Leaving Certificate Examination (including Day School Certificate (Higher) General paper), 1939
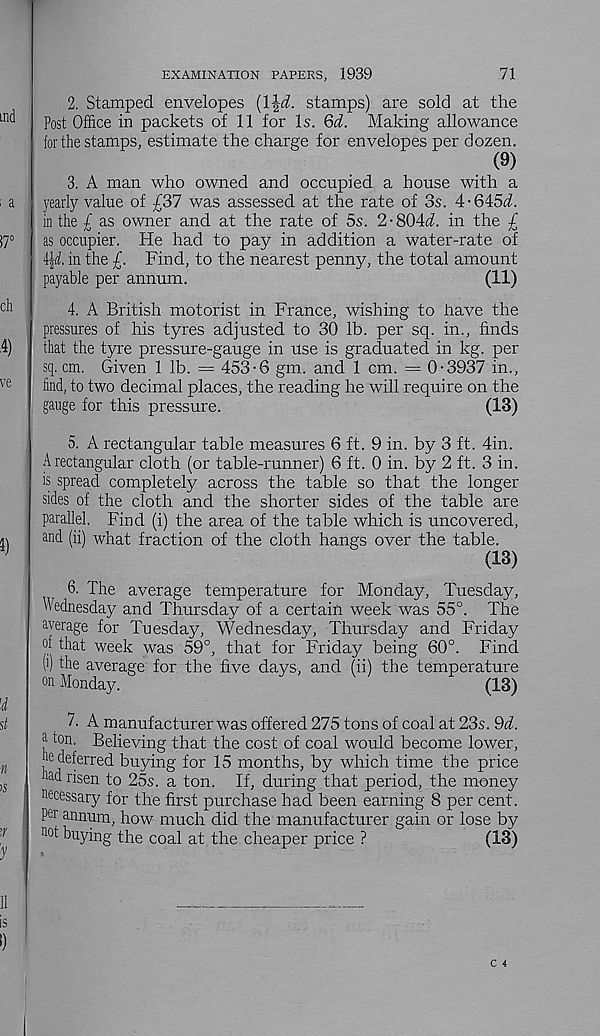
71
EXAMINATION PAPERS, 1939
2. Stamped envelopes {l\d. stamps) are sold at the
Post Office in packets of 11 for Is. Qd. Making allowance
for the stamps, estimate the charge for envelopes per dozen.
(9)
3. A man who owned and occupied a house with a
yearly value of £37 was assessed at the rate of 3s. 4-645^.
in the £ as owner and at the rate of 5s. 2-804(7. in the £
as occupier. He had to pay in addition a water-rate of
in the £. Find, to the nearest penny, the total amount
payable per annum.
(11)
4. A British motorist in France, wishing to have the
pressures of his tyres adjusted to 30 lb. per sq. in., finds
that the tyre pressure-gauge in use is graduated in kg. per
sq. cm. Given 1 lb. = 453-6 gm. and 1 cm. — 0-3937 in.,
find, to two decimal places, the reading he will require on the
gauge for this pressure.
(13)
5. A rectangular table measures 6 ft. 9 in. by 3 ft. 4in.
A rectangular cloth (or table-runner) 6 ft. 0 in. by 2 ft. 3 in.
is spread completely across the table so that the longer
sides of the cloth and the shorter sides of the table are
parallel. Find (i) the area of the table which is uncovered,
and (ii) what fraction of the cloth hangs over the table.
(13)
6. The average temperature for Monday, Tuesday,
Wednesday and Thursday of a certain week was 55°. The
average for Tuesday, Wednesday, Thursday and Friday
of that week was 59°, that for Friday being 60°. Find
(>) the average for the five days, and (ii) the temperature
on Monday.
(13)
7. A manufacturer was offered 275 tons of coal at 23s. Qd.
^ ton. Believing that the cost of coal would become lower,
ne deferred buying for 15 months, by which time the price
had risen to 25s. a ton. If, during that period, the money
necessary for the first purchase had been earning 8 per cent,
pei annum, how much did the manufacturer gain or lose by
not buying the coal at the cheaper price ?
(13)